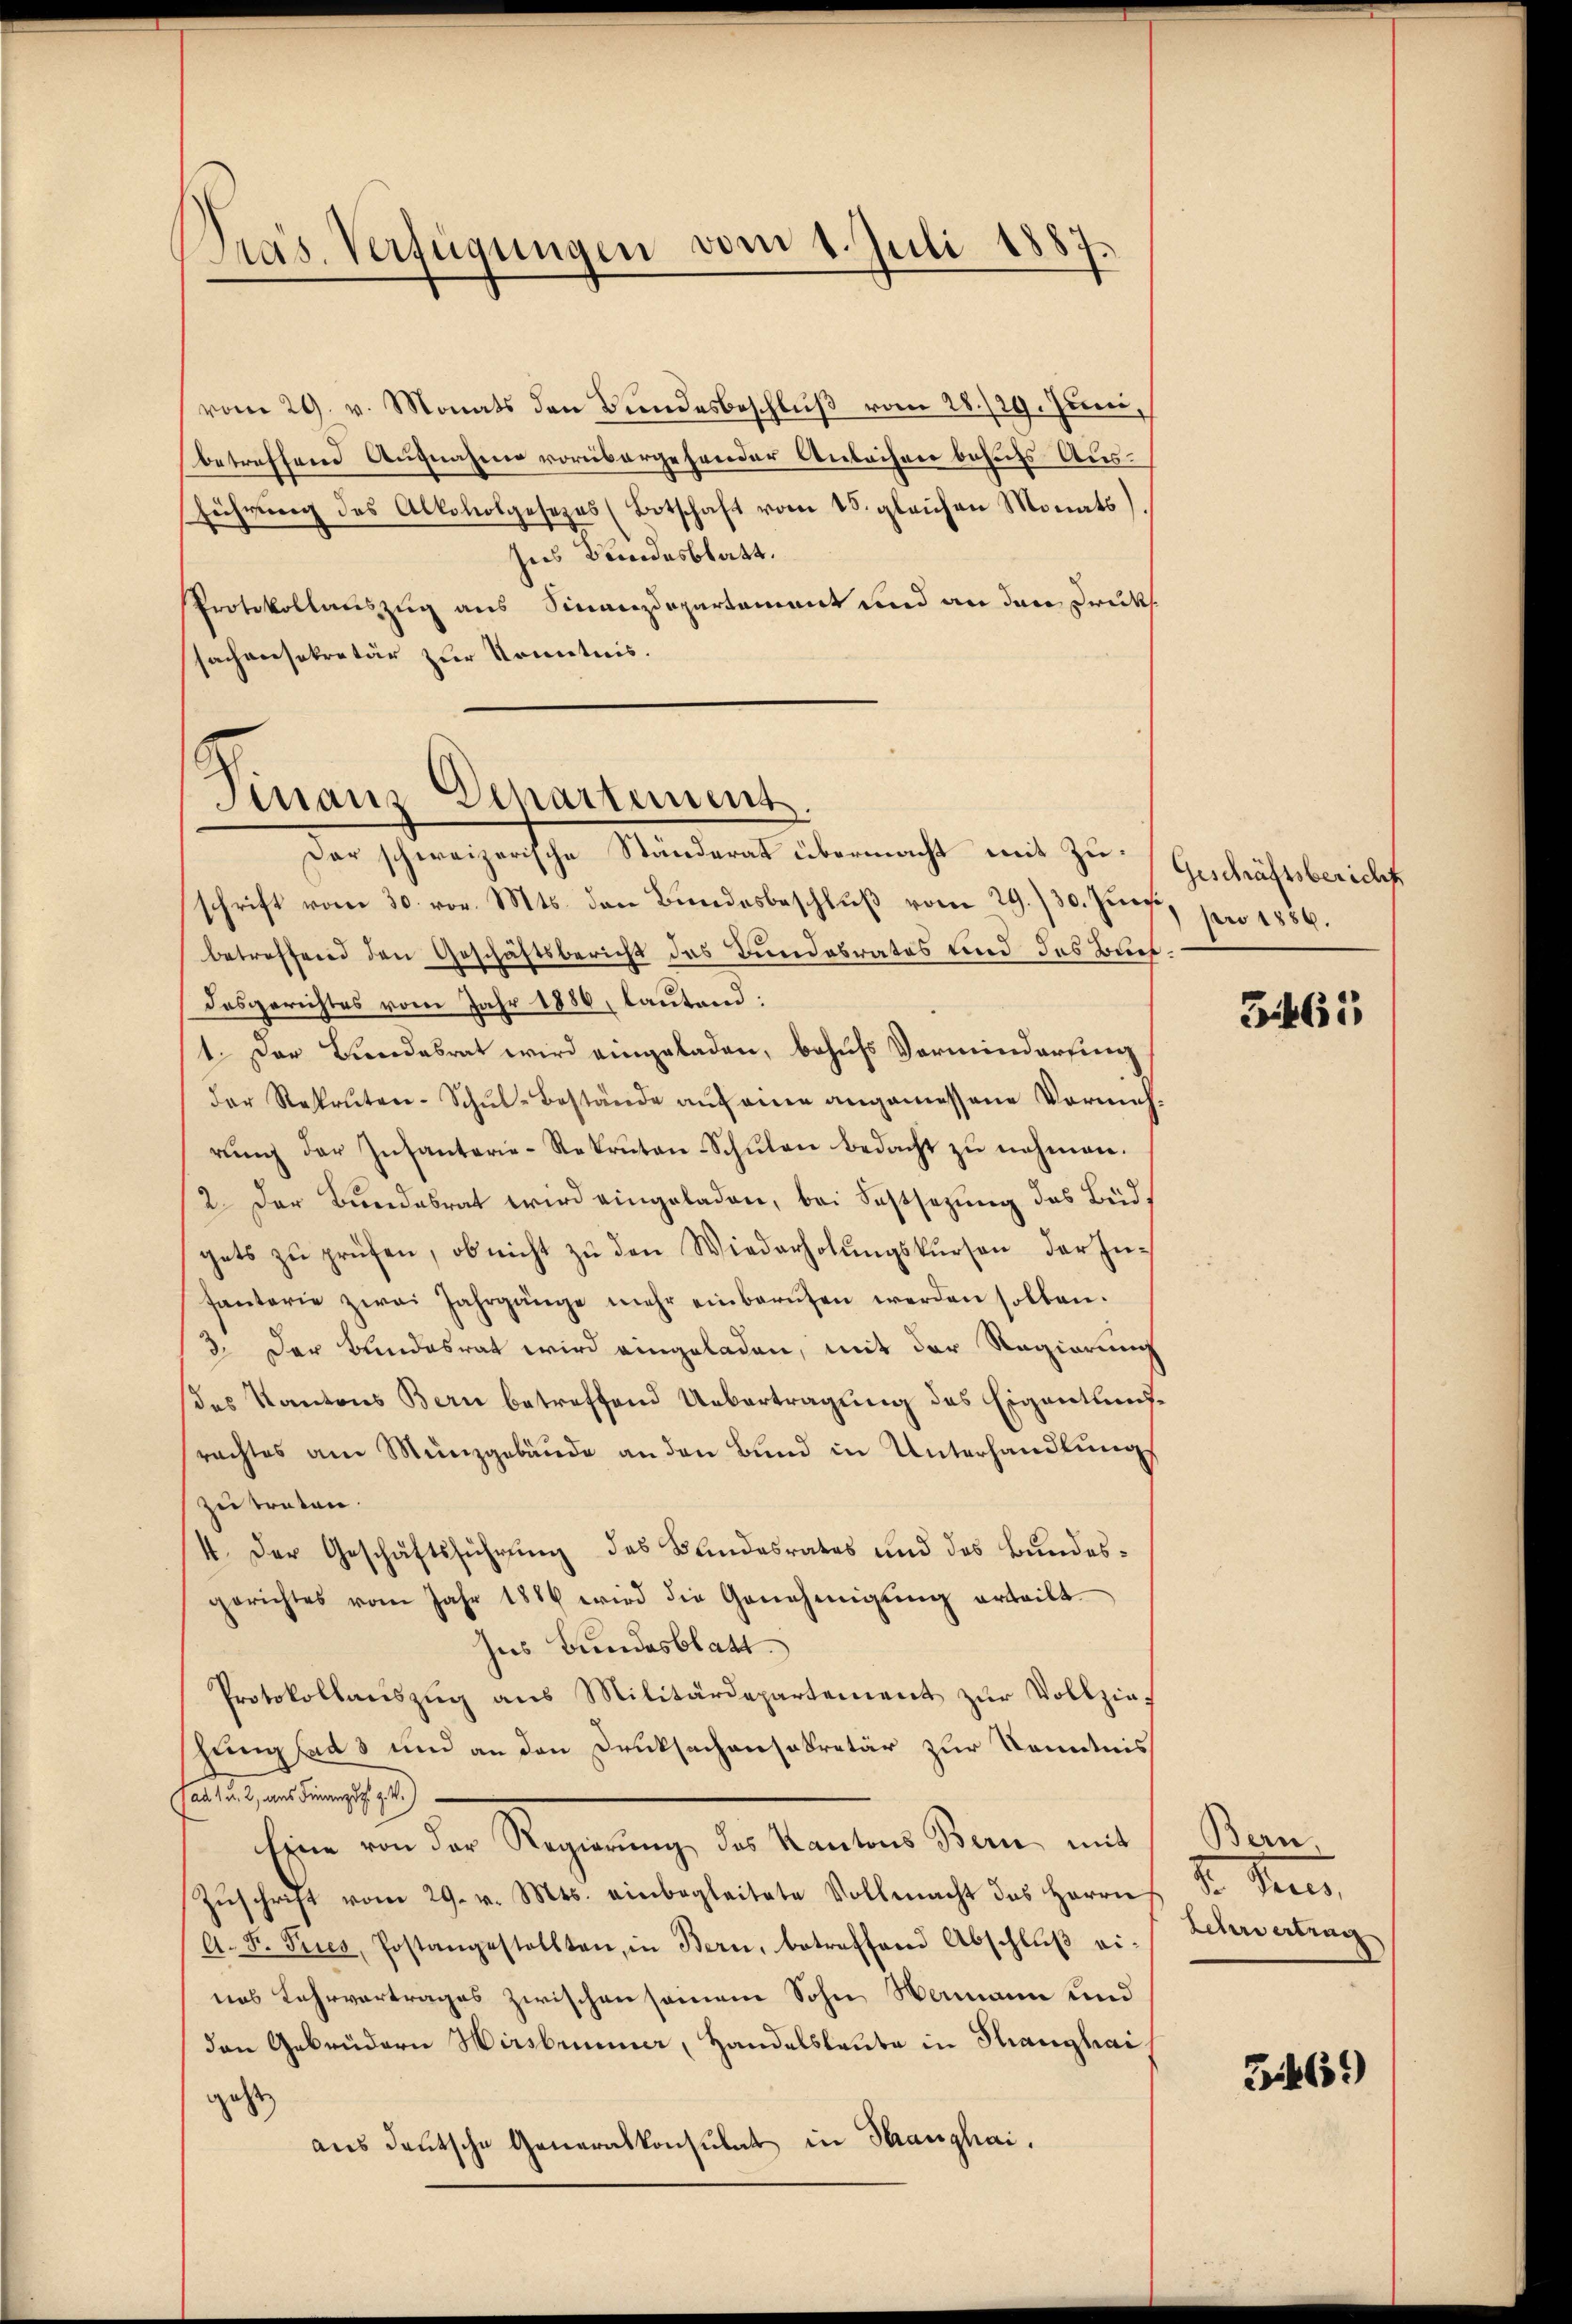
Präs. Verfügungen vom 1. Juli 1887.

vom 29. v. Monats den Bundesbeschluß vom 28./29. Juni,
betreffend Augnahme vorübergehender Anbachen behufs Ausführung des Alkoholgesezes (Botschaft vom 15. gleichen Monats)
Ins Bundesblatt.
Protokollauszug aus Finanzdepartement und an der Druck
sachensekretär zur Kenntnis.

Finanz-Departement.
Der schweizerische Standerat übermacht mit Zu¬

schrift vom 30. vor. Mts. den Bundesbeschluß vom 29./30. Juni, pro 1856.
betreffend den Geschäftsbericht das Bundesrates und des Buch
Dasgerichtes vom Jahr 1886, lautend:
1. Der Bundesrat wird eingeladen, behufs Vormindersing
der Rekruten-Schŭl-Bestände aŭf eine angemessene Vermeh-
rŭng der Infanterie-Rekruten Schŭlen bedacht zŭ nehmen.
2. Der Bundesrat wird eingeladen, bei Festsezung das Büdgets zŭ prüfen, ob nicht zŭ den Wiederholŭngskursen der Infanterie zwei Jahrgänge mehr einbarŭfen werden sollen.
3. Der Bundesrat wird eingeladen, mit der Regierung
des Kantons Bern betreffend Uebertragung des Eigenthumsrachtes am Münzgebäude an den Bund in Unterhandlung
zu traten.
4. Der Geschäftsführung des Bundesrates und des Bundesgerichtes vom Jahr 1886 wird die Genehmigŭng erteilt
hes Bundesblatt.
Protokollauszug aus Militärdepartement zur Vollziehungsads und an den Drucksachensekretär zur Kenntnis
Pad. 1 u. 2, aus Finanzes z. B.)
Eine von der Regierŭng des Kantons Bern mit
Zŭschrift vom 29. v. Mts. einbegleitete Vollmacht des Herrn
A. F. Pries, Postangestellten, in Bern, betreffend Abschlŭβ ei-
nes Lehrvertrages zwischen seinem Sohn Namann und
den Gebrüdern Hirsbrunner, Handelsleute in Stranghai
geht
aus deutsche Generalkonsulat in Stranghai.

Geschäftsbericht

3.461

Bern.
2. Seien.
Lehrvertrag

Gi461)